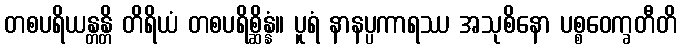
တစပရိယန္တန္တိ တိရိယံ တစပရိစ္ဆိန္နံ။ ပူရံ နာနပ္ပကာရဿ အသုစိနော ပစ္စဝေက္ခတီတိ